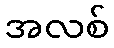
အလစ်